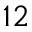
^ { 1 2 }